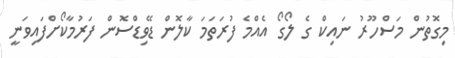
މިގޮތުން މަސްހޫރު ނައިކް ގެ ލޯގޯ އެއްމެ ފުރަތަމަ ކާލޮން ޑޭވިޑްސޮން ފަރުމާކޯށްފައިވަނީ